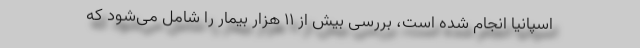
اسپانیا انجام شده است، بررسی بیش از ۱۱ هزار بیمار را شامل می‌شود که